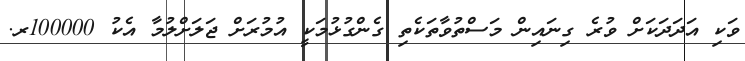
ވަކި އަދަދަކަށް ވުރެ ގިނައިން މަސްތުވާތަކެތި ގެންގުޅުމަކީ އުމުރަށް ޖަލަށްލުމާ އެކު 100000ރ.